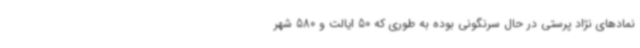
نمادهای نژاد پرستی در حال سرنگونی بوده به طوری که 50 ایالت و 580 شهر